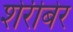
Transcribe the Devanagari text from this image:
शेरीबेर